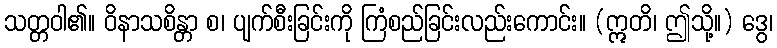
သတ္တဝါ၏။ ဝိနာသစိန္တာ စ၊ ပျက်စီးခြင်းကို ကြံစည်ခြင်းလည်းကောင်း။ (ဣတိ၊ ဤသို့။) ဒွေ၊